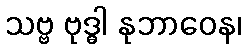
သဗ္ဗ ဗုဒ္ဓါ နုဘာဝေန၊